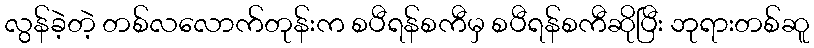
လွန်ခဲ့တဲ့ တစ်လလောက်တုန်းက စပီရန်စကီမှ စပီရန်စကီဆိုပြီး ဘုရားတစ်ဆူ